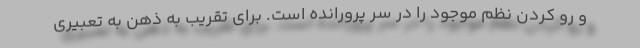
و رو کردن نظم موجود را در سر پرورانده است. برای تقریب به ذهن به تعبیری